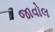
જાવોલ